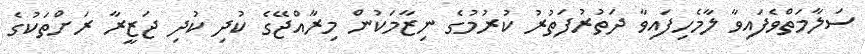
ސަލާމަތްވެފައިވާ ލާމެހިފައިވާ ދަތުރުފަތުރު ކުރުމުގެ ނިޒާމަކުން މިރާއްޖޭގެ ކުދި ކުދި ޖަޒީރާ ރަށްތަކުގެ